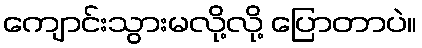
ကျောင်းသွားမလို့လို့ ပြောတာပဲ။